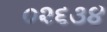
૦૨૬૩૪